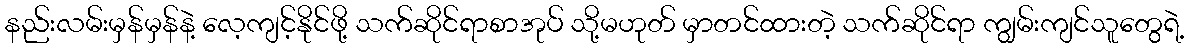
နည်းလမ်းမှန်မှန်နဲ့ လေ့ကျင့်နိုင်ဖို့ သက်ဆိုင်ရာစာအုပ် သို့မဟုတ် မှာတင်ထားတဲ့ သက်ဆိုင်ရာ ကျွမ်းကျင်သူတွေရဲ့